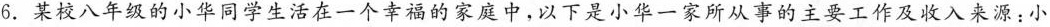
6.某校八年级的小华同学生活在一个幸福的家庭中，以下是小华一家所从事的主要工作及收入来源：小